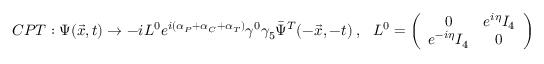
C P T : \Psi ( \vec { x } , t ) \rightarrow - i L ^ { 0 } e ^ { i ( \alpha _ { P } + \alpha _ { C } + \alpha _ { T } ) } \gamma ^ { 0 } \gamma _ { 5 } \bar { \Psi } ^ { T } ( - \vec { x } , - t ) ~ , ~ ~ ~ L ^ { 0 } = \left( \begin{array} { c c } { { 0 } } & { { e ^ { i \eta } I _ { 4 } } } \\ { { e ^ { - i \eta } I _ { 4 } } } & { { 0 } } \end{array} \right)